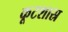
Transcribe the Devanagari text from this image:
कूटशास्र